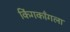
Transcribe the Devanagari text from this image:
किंगकाँगला